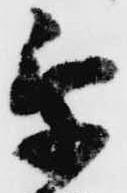
乗